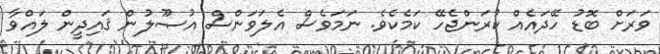
ވަރަށް ބޮޑު ހޭދައެއް ކުރަންޖެހޭ ކަމެކެވެ. ނަމަވެސް އެލަވަންސް އުޞޫލުން ޤައިދީން ލައްވާ